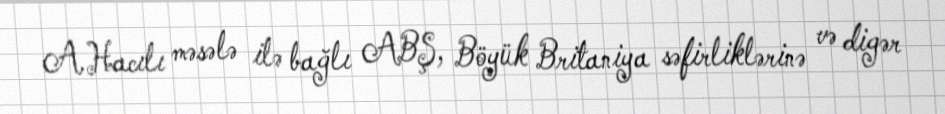
A.Hacılı məsələ ilə bağlı ABŞ, Böyük Britaniya səfirliklərinə və digər